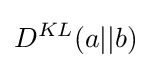
D^{KL}(a||b)